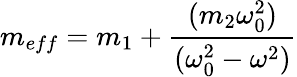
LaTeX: m_{eff}=m_{1}+{\frac{(m_{2}\omega_{0}^{2})}{(\omega_{0}^{2}-\omega^{2})}}